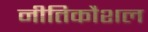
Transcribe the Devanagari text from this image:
नीतिकौशल